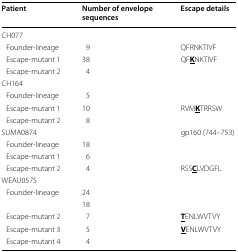
<table><thead><tr><td><b>Patient</b></td><td><b>Number of envelope sequences</b></td><td><b>Escape details</b></td></tr></thead><tbody><tr><td>CH077</td><td>[EMPTY_CELL]</td><td>[EMPTY_CELL]</td></tr><tr><td> Founder-lineage</td><td>9</td><td>QFRNKTIVF</td></tr><tr><td> Escape-mutant 1</td><td>38</td><td>QF<b><underline>K</underline></b>NKTIVF</td></tr><tr><td> Escape-mutant 2</td><td>4</td><td>[EMPTY_CELL]</td></tr><tr><td>CH164</td><td>[EMPTY_CELL]</td><td>[EMPTY_CELL]</td></tr><tr><td> Founder-lineage</td><td>5</td><td>[EMPTY_CELL]</td></tr><tr><td> Escape-mutant 1</td><td>10</td><td>RVM<b><underline>K</underline></b>TRRSW</td></tr><tr><td> Escape-mutant 2</td><td>8</td><td>[EMPTY_CELL]</td></tr><tr><td>SUMA0874</td><td>[EMPTY_CELL]</td><td>gp160 (744–753)</td></tr><tr><td> Founder-lineage</td><td>18</td><td>[EMPTY_CELL]</td></tr><tr><td> Escape-mutant 1</td><td>6</td><td>[EMPTY_CELL]</td></tr><tr><td> Escape-mutant 2</td><td>4</td><td>RSS<b><underline>C</underline></b>LVDGFL</td></tr><tr><td>WEAU0575</td><td>[EMPTY_CELL]</td><td>[EMPTY_CELL]</td></tr><tr><td> Founder-lineage</td><td>24</td><td>[EMPTY_CELL]</td></tr><tr><td>[EMPTY_CELL]</td><td>18</td><td>[EMPTY_CELL]</td></tr><tr><td> Escape-mutant 2</td><td>7</td><td><b><underline>T</underline></b>ENLWVTVY</td></tr><tr><td> Escape-mutant 3</td><td>5</td><td><b><underline>V</underline></b>ENLWVTVY</td></tr><tr><td> Escape-mutant 4</td><td>4</td><td>[EMPTY_CELL]</td></tr></tbody></table>